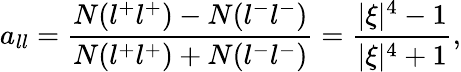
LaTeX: a_{ll}=\frac{N(l^{+}l^{+})-N(l^{-}l^{-})}{N(l^{+}l^{+})+N(l^{-}l^{-})}=\frac{|\xi|^{4}-1}{|\xi|^{4}+1},